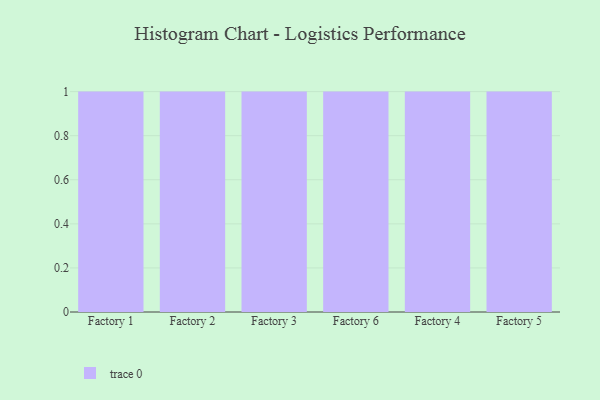
{"axis": {"x": "Factory", "y": "Humidity (%)"}, "legend": [""], "data": [{"x": "Factory 1", "y": 55, "type": ""}, {"x": "Factory 2", "y": 97, "type": ""}, {"x": "Factory 3", "y": 39, "type": ""}, {"x": "Factory 6", "y": 19, "type": ""}, {"x": "Factory 4", "y": 90, "type": ""}, {"x": "Factory 5", "y": 72, "type": ""}]}